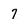
Character: 7